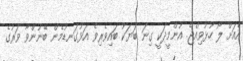
އެއަށް ލޯ ހުޅުވިއްޖެ. އުންމީދަކީ ގިނަ ބަޔަކު ބައިވެރިވެ އަޅުގަނޑުމެން ބޭނުންވާ ވަރުގެ